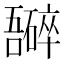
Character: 𫬮